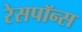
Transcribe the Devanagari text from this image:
रेसपॉन्स